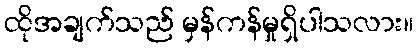
ထိုအချက်သည် မှန်ကန်မှုရှိပါသလား။